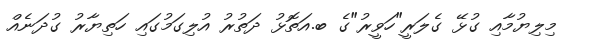
މިލިޔުމާއި ގުޅޭ ގެލަރީ"ހަވީރު"ގެ ބ.އަތޮޅު ދަތުރު އުލިގަމުގައި ހަތިޔާރު ގުދަނެއް